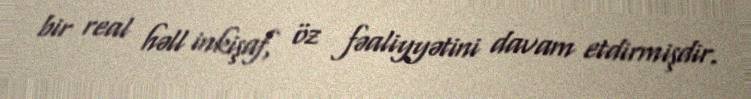
bir real həll inkişaf, öz fəaliyyətini davam etdirmişdir.